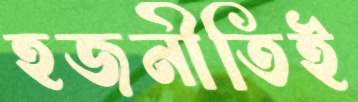
হজনীতিই